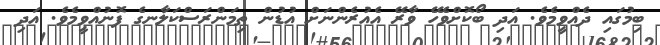
ބިމުގައި ދެއްވީމެވެ. އަދި ބޯކޮށްވެހޭ ވާރޭ އެއުރެންނަށް އުޑުން ތިމަންރަސްކަލާނގެ ފޮނުއްވީމެވެ. އަދި